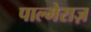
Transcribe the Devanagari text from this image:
पाल्मेराज़